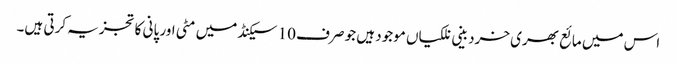
اس میں مائع بھری خردبینی نلکیاں موجود ہیں جو صرف 10 سیکنڈ میں مٹی اور پانی کا تجزیہ کرتی ہیں۔